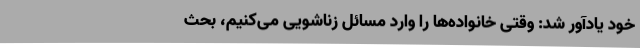
خود یادآور شد: وقتی خانواده‌ها را وارد مسائل زناشویی می‌کنیم، بحث